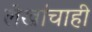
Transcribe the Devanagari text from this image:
लेखांचाही